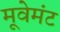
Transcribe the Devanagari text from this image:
मूवेमंट